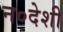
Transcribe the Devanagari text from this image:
न०देशी